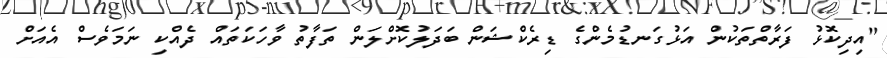
"އިދިކޮޅު ފަރާތްތަކުން އަޅުގަނޑުމެންގެ ޑިރެކްޝަން ބަދަލުކޮށްލަން ތަފާތު ވާހަކަތައް ދެއްކި ނަމަވެސް އެއަށް